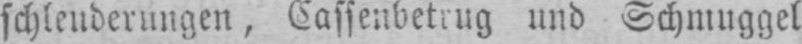
schleuderungen, Cassenbetrug und Schmuggel